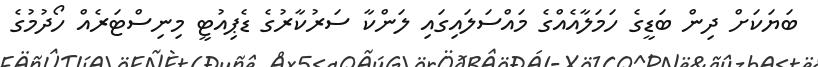
ބަޔަކަށް ދިން ބަޑީގެ ހަމަލާއެއްގެ މައްސަލައިގައި ލަންކާ ސަރުކާރުގެ ޑެޕިއުޓީ މިނިސްޓަރެއް ހޯދުމުގެ